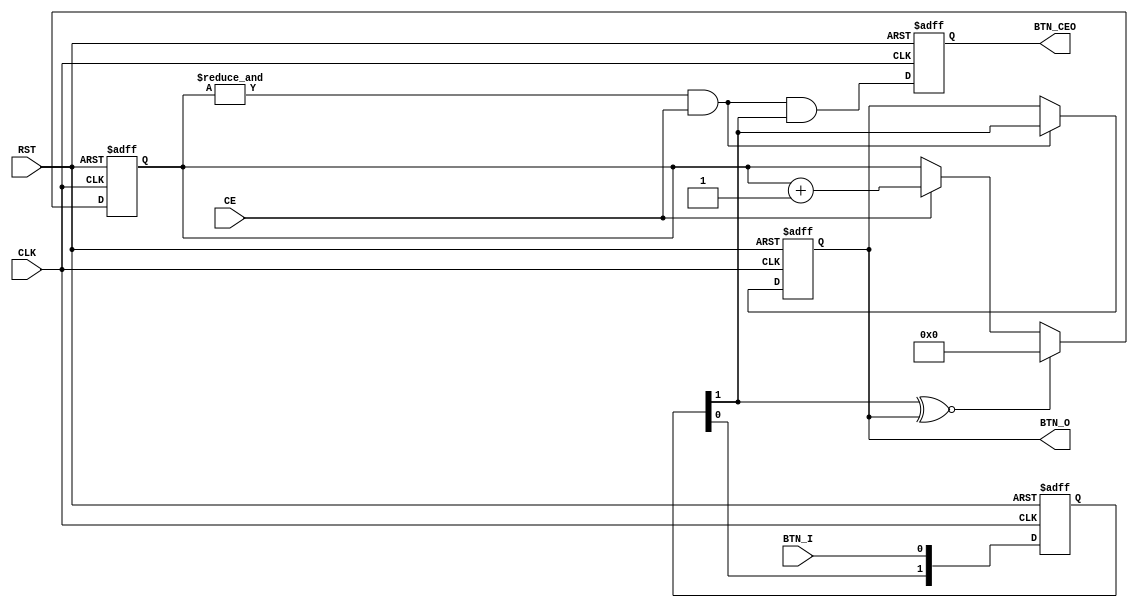
`timescale 1ns / 1ps
//////////////////////////////////////////////////////////////////////////////////
// Company: 
// Engineer: 
// 
// Design Name: 
// Module Name:    button_filter 
// Project Name: 
// Target Devices: 
// Tool versions: 
// Description: 
//
// Dependencies: 
//
// Revision: 
// Revision 0.01 - File Created
// Additional Comments: 
//
//////////////////////////////////////////////////////////////////////////////////
module M_BTN_FILTER_V10(
   input CLK,
	input RST,
	input CE,  //   
	input BTN_I,
	output reg BTN_O, //       
	output reg BTN_CEO //             							
	 );					 //  ,   ,        
							//  
	reg [1:0] BTN_I_SYNC;

	always @(posedge CLK, posedge RST)
		if (RST) BTN_I_SYNC <= 2'b00;
		else BTN_I_SYNC <= {BTN_I_SYNC[0], BTN_I}; //    BTN_I   
		
	reg [3:0] CNT;	//  1

	always @(posedge CLK, posedge RST)
		if (RST) CNT <= 4'h0;
		else if (BTN_I_SYNC[1] ~^ BTN_O) CNT <= 4'h0; //   ,     0
		else if (CE) CNT <= CNT + 1;

	always @(posedge CLK, posedge RST)
		if (RST) BTN_O <= 1'b0;
		else if (&(CNT) & CE) BTN_O <= BTN_I_SYNC[1];    //&   1,  
		
	always @(posedge CLK, posedge RST)
		if (RST) BTN_CEO <= 1'b0;
		else BTN_CEO <= &(CNT) & CE & BTN_I_SYNC[1];


endmodule